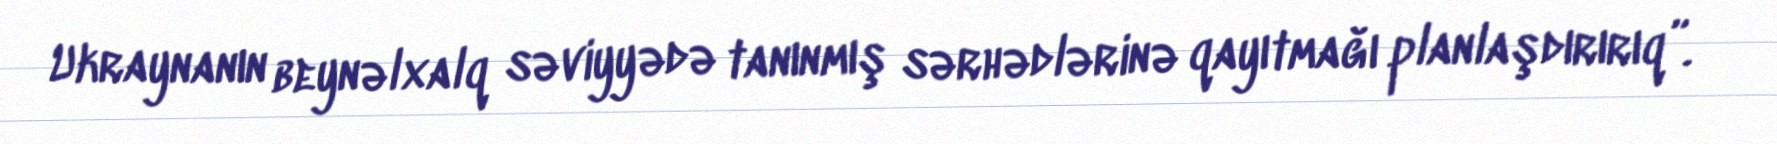
Ukraynanın beynəlxalq səviyyədə tanınmış sərhədlərinə qayıtmağı planlaşdırırıq”.